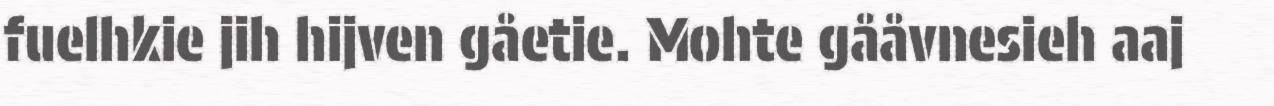
fuelhkie jih hijven gåetie. Mohte gååvnesieh aaj